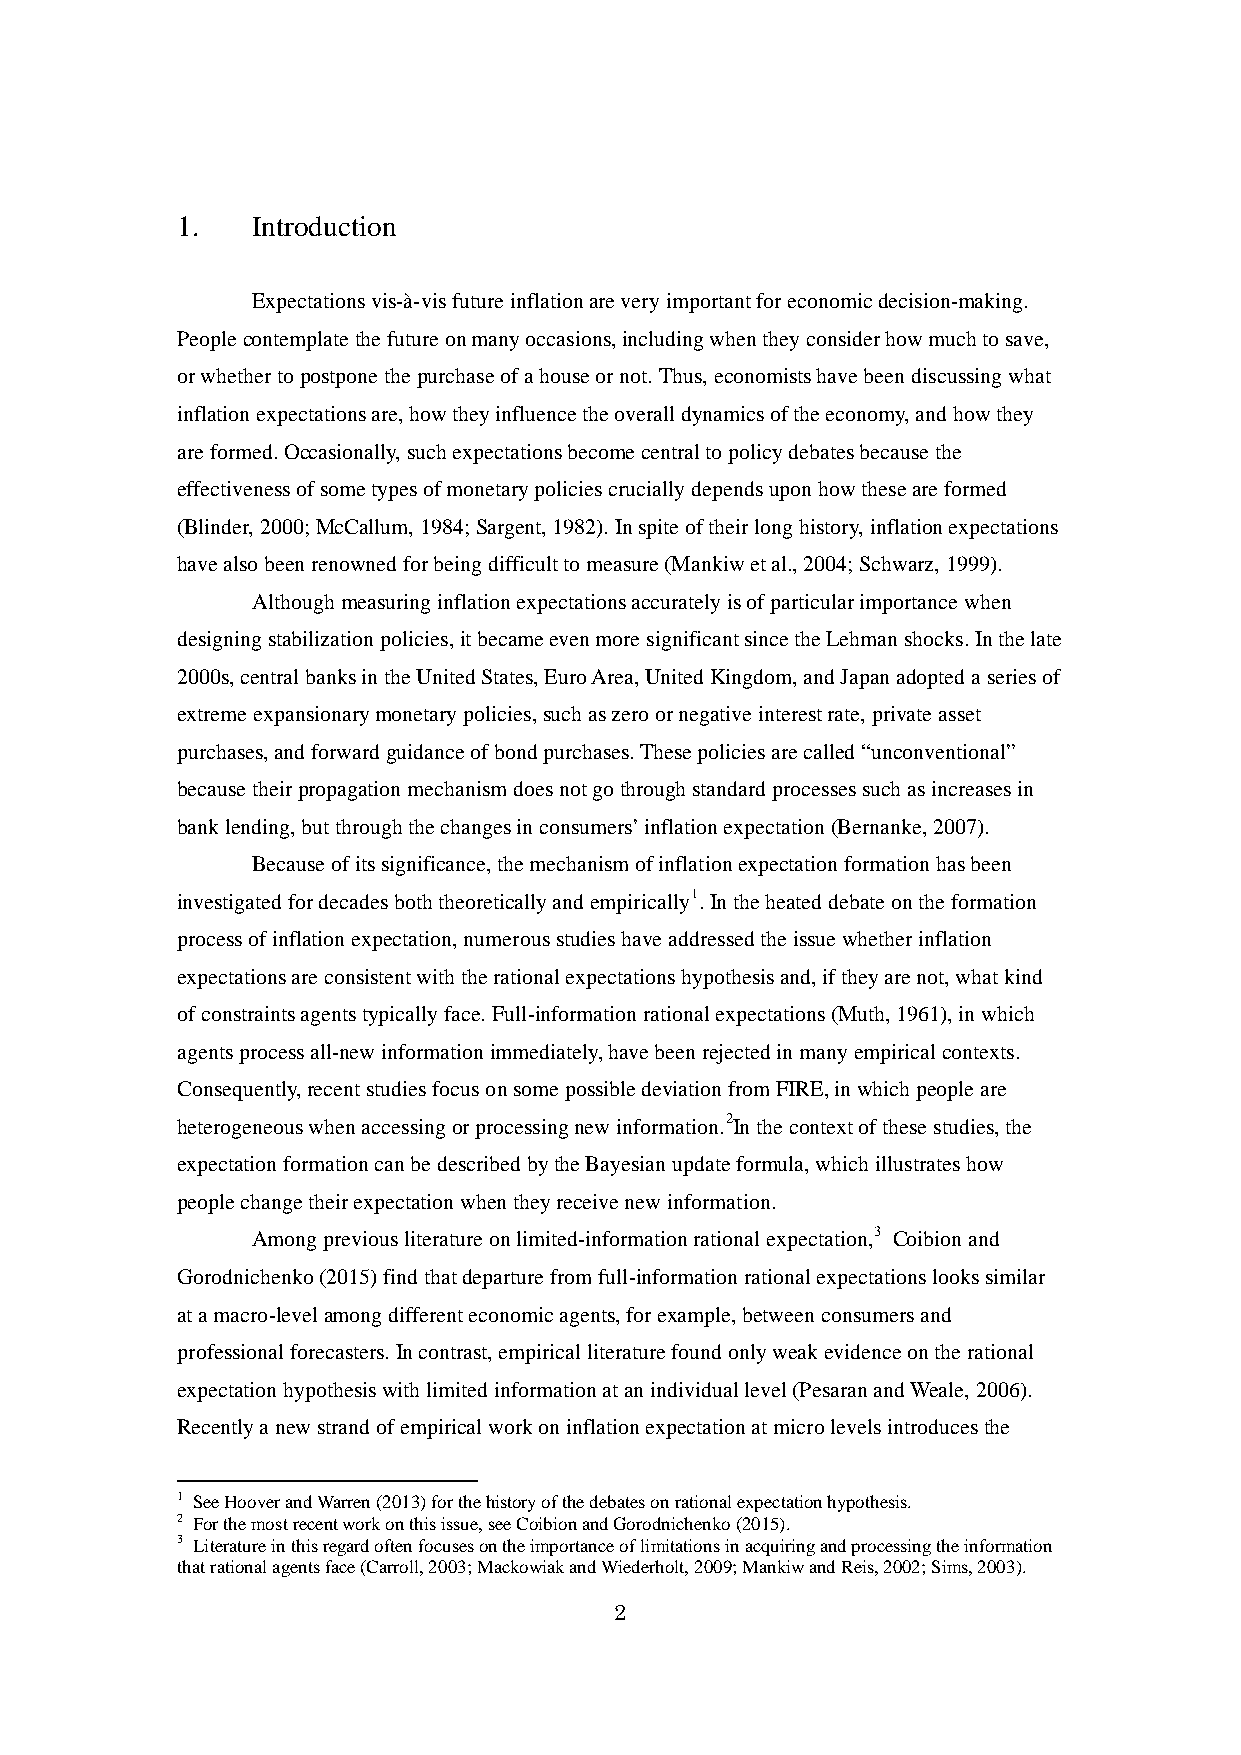
1.   Introduction
 Expectations vis-à-vis future inflation are very important for economic decision-making.
 People contemplate the future on many occasions, including when they consider how much to save,
 or whether to postpone the purchase of a house or not. Thus, economists have been discussing what
 inflation expectations are, how they influence the overall dynamics of the economy, and how they
 are formed. Occasionally, such expectations become central to policy debates because the
 effectiveness of some types of monetary policies crucially depends upon how these are formed
 (Blinder, 2000; McCallum, 1984; Sargent, 1982). In spite of their long history, inflation expectations
 have also been renowned for being difficult to measure (Mankiw et al., 2004; Schwarz, 1999).
 Although measuring inflation expectations accurately is of particular importance when
 designing stabilization policies, it became even more significant since the Lehman shocks. In the late
 2000s, central banks in the United States, Euro Area, United Kingdom, and Japan adopted a series of
 extreme expansionary monetary policies, such as zero or negative interest rate, private asset
 purchases, and forward guidance of bond purchases. These policies are called “unconventional”
 because their propagation mechanism does not go through standard processes such as increases in
 bank lending, but through the changes in consumers’ inflation expectation (Bernanke, 2007).
 Because of its significance, the mechanism of inflation expectation formation has been
 investigated for decades both theoretically and empirically1. In the heated debate on the formation
 process of inflation expectation, numerous studies have addressed the issue whether inflation
 expectations are consistent with the rational expectations hypothesis and, if they are not, what kind
 of constraints agents typically face. Full-information rational expectations (Muth, 1961), in which
 agents process all-new information immediately, have been rejected in many empirical contexts.
 Consequently, recent studies focus on some possible deviation from FIRE, in which people are
 heterogeneous when accessing or processing new information.2In the context of these studies, the
 expectation formation can be described by the Bayesian update formula, which illustrates how
 people change their expectation when they receive new information.
 Among previous literature on limited-information rational expectation,3 Coibion and
 Gorodnichenko (2015) find that departure from full-information rational expectations looks similar
 at a macro-level among different economic agents, for example, between consumers and
 professional forecasters. In contrast, empirical literature found only weak evidence on the rational
 expectation hypothesis with limited information at an individual level (Pesaran and Weale, 2006).
 Recently a new strand of empirical work on inflation expectation at micro levels introduces the
 1 See Hoover and Warren (2013) for the history of the debates on rational expectation hypothesis.
 2 For the most recent work on this issue, see Coibion and Gorodnichenko (2015).
 3 Literature in this regard often focuses on the importance of limitations in acquiring and processing the information
 that rational agents face (Carroll, 2003; Mackowiak and Wiederholt, 2009; Mankiw and Reis, 2002; Sims, 2003).
 2